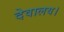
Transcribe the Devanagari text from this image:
देवालय।